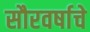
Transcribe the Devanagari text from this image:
सौरवर्षाचे